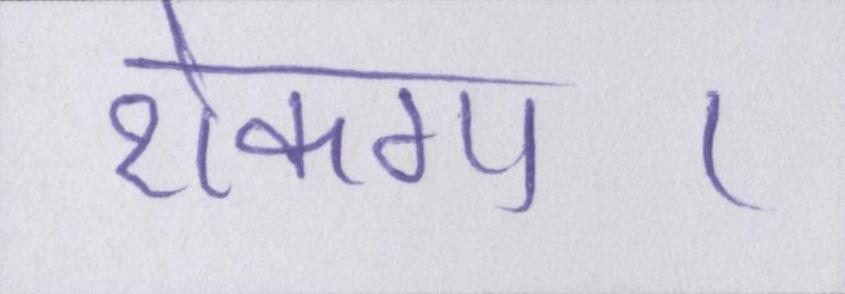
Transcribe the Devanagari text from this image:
रोकगा।